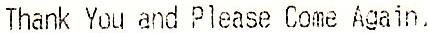
THANK YOU AND PLEASE COME AGAIN.